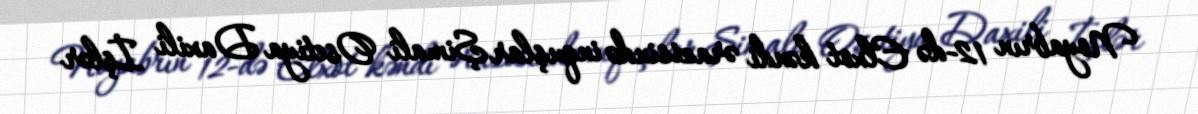
Noyabrın 12-də Elxot kəndi ərazisində inquşlar Şimali Osetiya Daxili İşlər